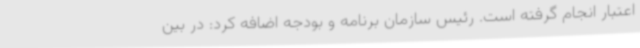
اعتبار انجام گرفته است. رئیس سازمان برنامه و بودجه اضافه کرد: در بین